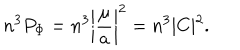
n ^ { 3 } P _ { \mathrm { \Phi } } = n ^ { 3 } \biggl \vert \frac { \mu } { a } \biggr \vert ^ { 2 } = n ^ { 3 } \vert C \vert ^ { 2 } .